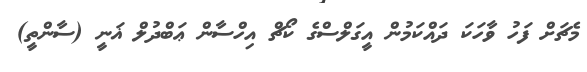
މެޗަށް ފަހު ވާހަކަ ދައްކަމުން އީގަލްސްގެ ކޯޗް އިހްސާން ޢަބްދުލް ޣަނީ (ސާންތީ)